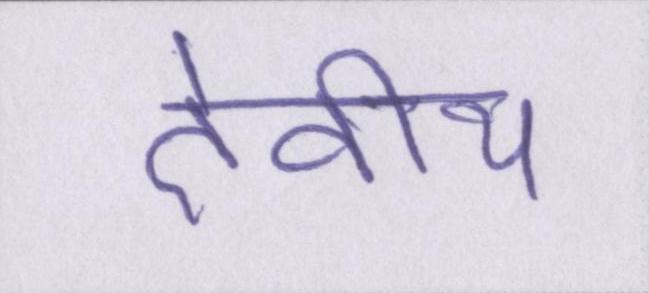
देवीय